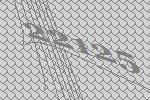
22125